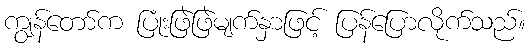
ကျွန်တော်က ပြုံးဖြဲဖြဲမျက်နှာဖြင့် ပြန်ပြောလိုက်သည်။